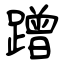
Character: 蹭